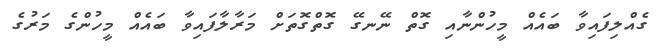
ގެއްލިފައިވާ ބައެއް މީހުންނާއި ގޮތް ނޭނގޭ ގޮތްގޮތަށް މަރާލާފައިވާ ބައެއް މީހުންގެ މަރުގެ